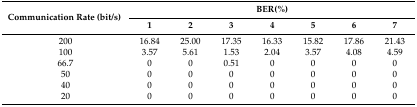
| <ROWSPAN=2> Communication Rate (bit/s) | <COLSPAN=7> BER(%) |
 | 1 | 2 | 3 | 4 | 5 | 6 | 7 |
 | --- | --- | --- | --- | --- | --- | --- | --- |
 | 200 | 16.84 | 25.00 | 17.35 | 16.33 | 15.82 | 17.86 | 21.43 |
 | 100 | 3.57 | 5.61 | 1.53 | 2.04 | 3.57 | 4.08 | 4.59 |
 | 66.7 | 0 | 0 | 0.51 | 0 | 0 | 0 | 0 |
 | 50 | 0 | 0 | 0 | 0 | 0 | 0 | 0 |
 | 40 | 0 | 0 | 0 | 0 | 0 | 0 | 0 |
 | 20 | 0 | 0 | 0 | 0 | 0 | 0 | 0 |